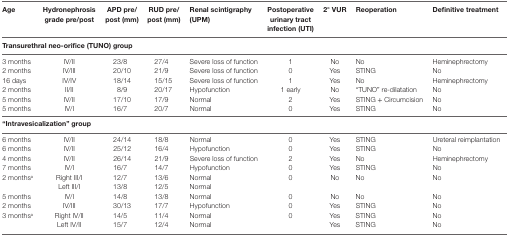
| Age | Hydronephrosis grade pre/post | APD pre/post (mm) | RUD pre/post (mm) | Renal scintigraphy (UPM) | Postoperative urinary tract infection (UTI) | 2° VUR | Reoperation | Definitive treatment |
 | --- | --- | --- | --- | --- | --- | --- | --- | --- |
 | <COLSPAN=9> Transurethral neo-orifice (TUNO) group |
 | 3 months | IV/II | 23/8 | 27/4 | Severe loss of function | 1 | No | No | Heminephrectomy |
 | 2 months | IV/III | 20/10 | 21/9 | Severe loss of function | 0 | Yes | STING | No |
 | 16 days | IV/IV | 18/14 | 15/15 | Severe loss of function | 1 | Yes | No | Heminephrectomy |
 | 2 months | II/II | 8/9 | 20/17 | Hypofunction | 1 early | No | “TUNO” re-dilatation | No |
 | 5 months | IV/II | 17/10 | 17/9 | Normal | 2 | Yes | STING + Circumcision | No |
 | 5 months | IV/I | 16/7 | 20/7 | Normal | 0 | Yes | STING | No |
 | <COLSPAN=9> “Intravesicalization” group |
 | 6 months | IV/II | 24/14 | 18/8 | Normal | 0 | Yes | STING | Ureteral reimplantation |
 | 6 months | IV/II | 25/12 | 16/4 | Hypofunction | 0 | Yes | STING | No |
 | 4 months | IV/II | 26/14 | 21/9 | Severe loss of function | 2 | Yes | No | Heminephrectomy |
 | 7 months | IV/I | 16/7 | 14/7 | Hypofunction | 0 | Yes | STING | No |
 | <ROWSPAN=2> 2 monthsa | Right III/I | 12/7 | 13/6 | Normal | <ROWSPAN=2> 0 | <ROWSPAN=2> No | <ROWSPAN=2> No | <ROWSPAN=2> No |
 | Left III/I | 13/8 | 12/5 | Normal |
 | 5 months | IV/I | 14/8 | 13/8 | Normal | 0 | No | No | No |
 | 2 months | IV/III | 30/13 | 17/7 | Hypofunction | 0 | Yes | STING | No |
 | <ROWSPAN=2> 3 monthsa | Right IV/II | 14/5 | 11/4 | Normal | <ROWSPAN=2> 0 | Yes | STING | No |
 | Left IV/II | 15/7 | 12/4 | Normal | Yes | STING | No |